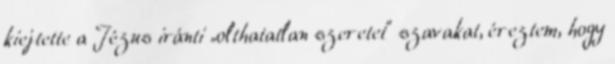
kiejtette a Jézus iránti „olthatatlan szeretet” szavakat, éreztem, hogy